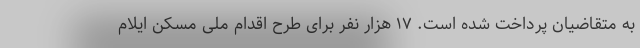
به متقاضیان پرداخت شده است. ۱۷ هزار نفر برای طرح اقدام ملی مسکن ایلام